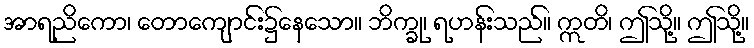
အာရညိကော၊ တောကျောင်း၌နေသော။ ဘိက္ခု၊ ရဟန်းသည်။ ဣတိ၊ ဤသို့။ ဤသို့။